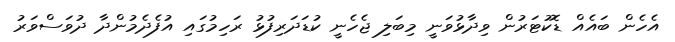
އެހެން ބައެއް ޑޮކުޓަރުން ވިދާޅުވަނީ މިބަލި ޖެހެނީ ކުޑަދަރިފުޅު ރަހިމުގައި އުފެދެމުންދާ ދުވަސްވަރު